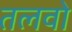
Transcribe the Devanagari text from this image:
तलवो